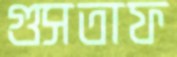
গুসতাফ